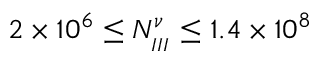
2 \times 1 0 ^ { 6 } \leq N _ { _ { I I I } } ^ { \nu } \leq 1 . 4 \times 1 0 ^ { 8 }